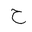
Letter: _ha